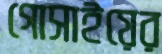
গোসাইয়ের